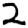
Digit: 2